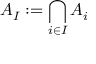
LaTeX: A _ { I } : = \bigcap _ { i \in I } A _ { i }